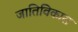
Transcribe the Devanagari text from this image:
जातिविकास